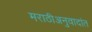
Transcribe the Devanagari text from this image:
मराठीअनुवादांत